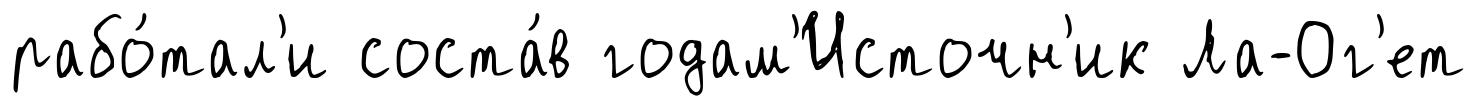
рабо́тал'и соста́в годам'Источн'ик Ла-Ог'ет